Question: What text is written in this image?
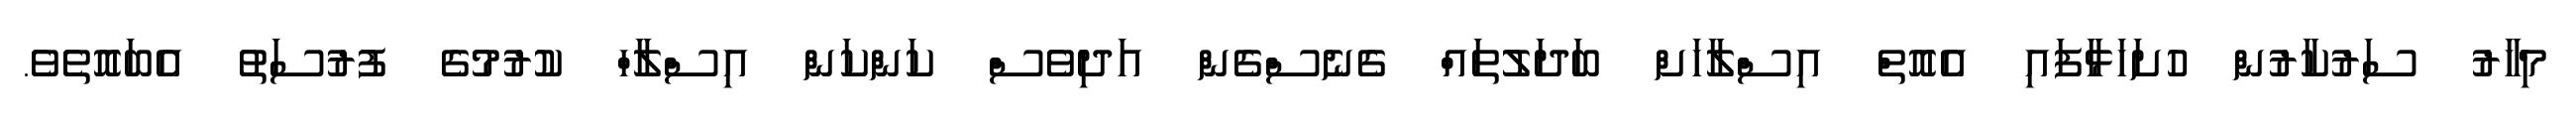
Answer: މިހާރު ސަރުކާރުން ހުށަހަޅާފައި އެއޮތް އިސްލާހަށް ބަދަލުތައް ގެނެސްގެން އަދިވެސް ކަންކަން އިސްލާހް ކުރުމުގެ ފުރުސަތު އެބައޮތެވެ.